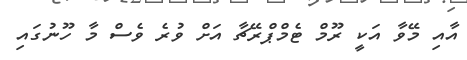
އާއި މޭވާ އަކީ ރޫމް ޓެމްޕްރޭޗާ އަށް ވުރެ ވެސް މާ ހޫނުގައި